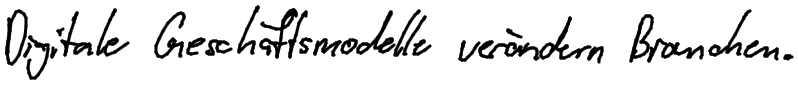
Digitale Geschäftsmodelle verändern Branchen.